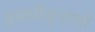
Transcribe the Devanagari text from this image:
हस्तमैथुनाशी